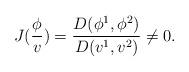
LaTeX: \begin{align*}J(\frac \phi v)=\frac{D(\phi ^1,\phi ^2)}{D(v^1,v^2)}\neq 0.\end{align*}